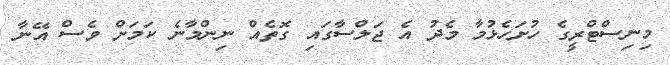
މިނިސްޓްރީގެ ހުށަހެޅުމާ މެދު އެ ޖަލްސާގައި ގޮތެއް ނިންމާނެ ކަމަށް ވެސް އޭނާ